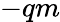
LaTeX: -qm